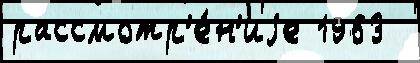
рассмотр'е́н'иjе 1963